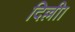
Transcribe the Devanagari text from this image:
दिल्लीा